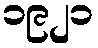
၁၉၂၁